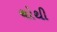
ચોથી